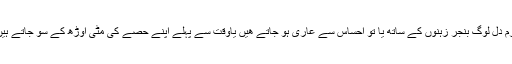
نرم دل لوگ بنجر زہنوں کے ساتھ یا تو احساس سے عاری ہو جاتے ھیں یاوقت سے پہلے اپنے حصے کی مٹی اوڑھ کے سو جاتے ہیں۔